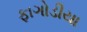
ફાગોડીયા